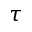
\tau